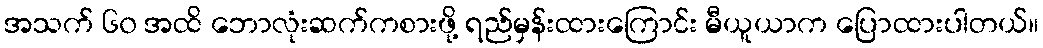
အသက် ၆၀ အထိ ဘောလုံးဆက်ကစားဖို့ ရည်မှန်းထားကြောင်း မီယူယာက ပြောထားပါတယ်။